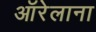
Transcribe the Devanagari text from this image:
ऑरेलाना